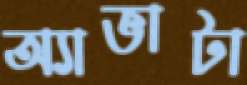
অ্যাভাটা